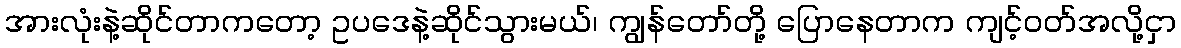
အားလုံးနဲ့ဆိုင်တာကတော့ ဥပဒေနဲ့ဆိုင်သွားမယ်၊ ကျွန်တော်တို့ ပြောနေတာက ကျင့်ဝတ်အလို့ငှာ